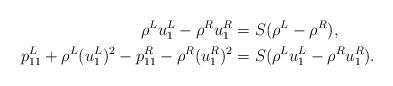
LaTeX: \begin{align*} \rho^Lu_1^L-\rho^Ru_1^R&=S (\rho^L-\rho^R),\\ p_{11}^L+\rho^L(u_1^L)^2-p_{11}^R-\rho^R(u_1^R)^2 &=S(\rho^Lu_1^L-\rho^Ru_1^R).\end{align*}